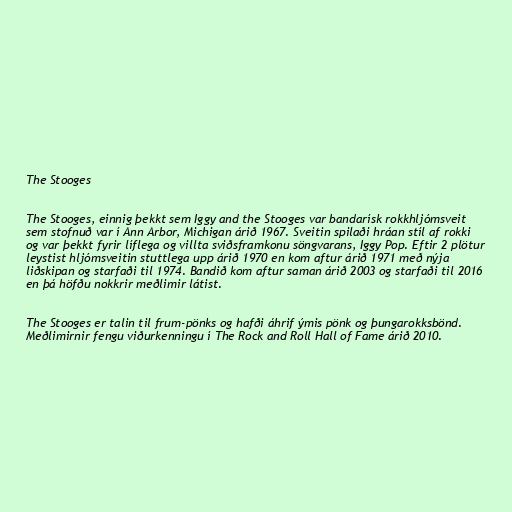
The Stooges

The Stooges, einnig þekkt sem Iggy and the Stooges var bandarísk rokkhljómsveit
sem stofnuð var í Ann Arbor, Michigan árið 1967. Sveitin spilaði hráan stíl af rokki
og var þekkt fyrir líflega og villta sviðsframkonu söngvarans, Iggy Pop. Eftir 2 plötur
leystist hljómsveitin stuttlega upp árið 1970 en kom aftur árið 1971 með nýja
liðskipan og starfaði til 1974. Bandið kom aftur saman árið 2003 og starfaði til 2016
en þá höfðu nokkrir meðlimir látist.

The Stooges er talin til frum-pönks og hafði áhrif ýmis pönk og þungarokksbönd.
Meðlimirnir fengu viðurkenningu í The Rock and Roll Hall of Fame árið 2010.